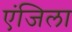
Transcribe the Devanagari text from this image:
एंजिला